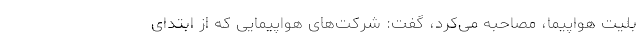
بلیت هواپیما، مصاحبه می‌کرد، گفت: شرکت‌های هواپیمایی که از ابتدای